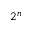
2 ^ { n }